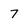
Character: 7